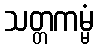
သတ္တကမ္မံ